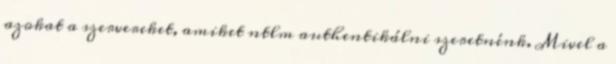
azokat a szervereket, amiket ntlm authentikálni szeretnénk. Mivel a